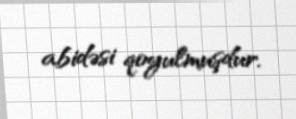
abidəsi qoyulmuşdur.